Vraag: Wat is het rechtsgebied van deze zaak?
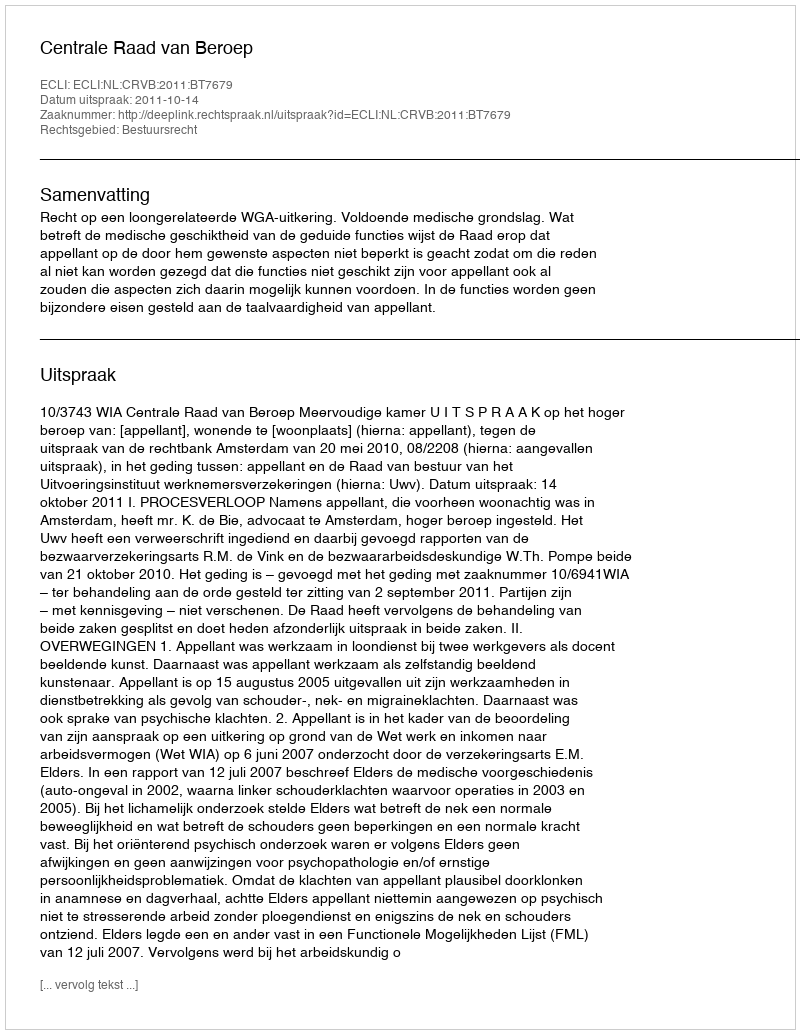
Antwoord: Bestuursrecht